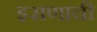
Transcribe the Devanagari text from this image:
इराणाची